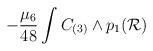
LaTeX: \begin{align*}-{\mu_6\over 48}\int C_{(3)}\wedge p_1({\cal R})\end{align*}